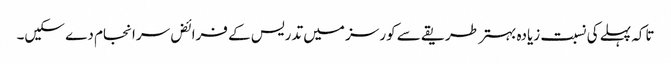
تاکہ پہلے کی نسبت زیادہ بہتر طریقے سے کورسز میں تدریس کے فرائض سرانجام دے سکیں۔